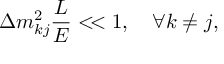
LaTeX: \Delta m _ { k j } ^ { 2 } \frac { L } { E } < \! < 1 , \quad \forall k \neq j ,